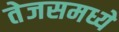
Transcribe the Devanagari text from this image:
तेजसमध्ये